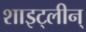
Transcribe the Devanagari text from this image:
शाइट्लीन्